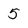
Character: 5